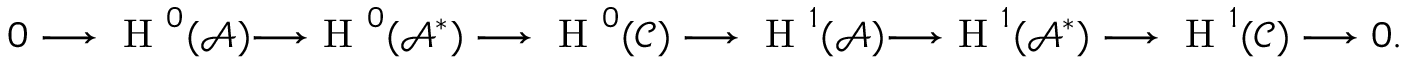
0 \longrightarrow \textnormal { H } ^ { 0 } ( \mathcal { A } ) { \longrightarrow } \textnormal { H } ^ { 0 } ( \mathcal { A } ^ { * } ) \longrightarrow \textnormal { H } ^ { 0 } ( \mathcal { C } ) \longrightarrow \textnormal { H } ^ { 1 } ( \mathcal { A } ) { \longrightarrow } \textnormal { H } ^ { 1 } ( \mathcal { A } ^ { * } ) \longrightarrow \textnormal { H } ^ { 1 } ( \mathcal { C } ) \longrightarrow 0 .